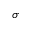
\sigma